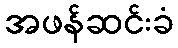
အဖန်ဆင်းခံ